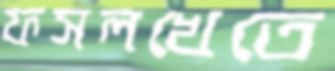
ফসলখেতে